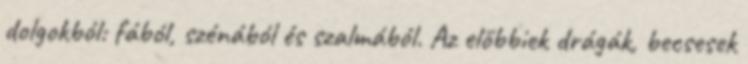
dolgokból: fából, szénából és szalmából. Az előbbiek drágák, becsesek